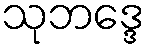
သုဘဒ္ဒေ